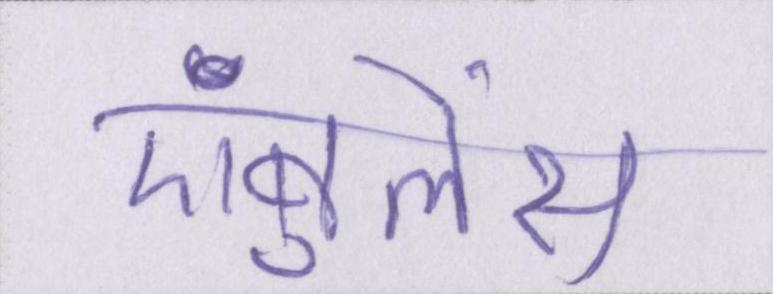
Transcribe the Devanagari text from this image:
एंबुलेंस